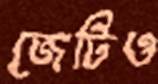
জেটিও